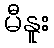
မီနူး